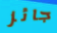
جائز